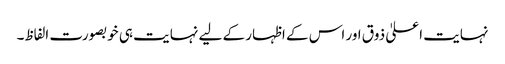
نہایت اعلیٰ ذوق اور اس کے اظہار کے لیے نہایت ہی خوبصورت الفاظ۔